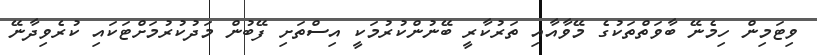
ވިޓަމިން ހިމެނޭ ބާވަތްތަކުގެ މޭވާއާއި ތަރުކާރީ ބޭނުންކުރުމަކީ އިސްތަށި ފޭބުން މަދުކުރުމަށްޓަކައި ކުރެވިދާނޭ